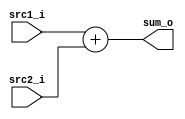

module Adder(
    src1_i,
    src2_i,
    sum_o
    );

//I/O ports
input  [32-1:0]  src1_i;
input  [32-1:0]	 src2_i;
output [32-1:0]	 sum_o;

//Internal Signals
reg    [32-1:0]	 sum_in_o;

assign sum_o = sum_in_o;

always @(*) begin
	sum_in_o <= src1_i + src2_i;
end

endmodule